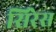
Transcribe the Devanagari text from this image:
सिरेस